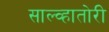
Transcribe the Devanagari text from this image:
साल्व्हातोरी